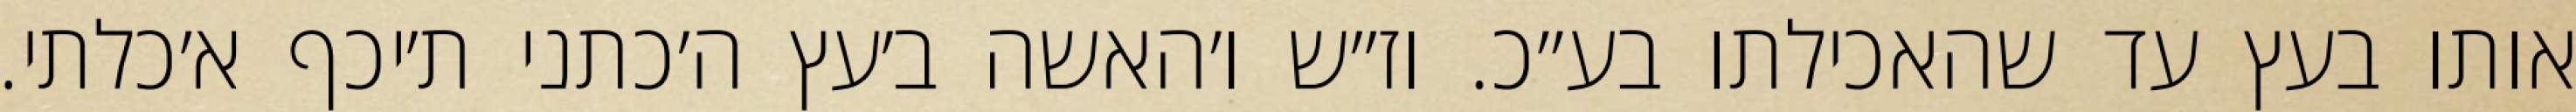
אותו בעץ עד שהאכילתו בע״כ. וז״ש ו׳האשה ב׳עץ ה׳כתני ת׳יכף א׳כלתי.